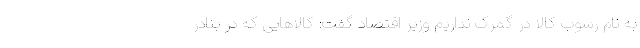
به نام رسوب کالا در گمرک نداریم وزیر اقتصاد گفت: کالاهایی که در بنادر